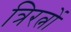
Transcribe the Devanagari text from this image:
त्रिरत्नों